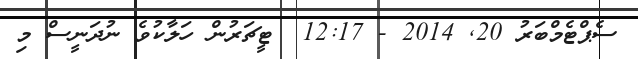
ސެޕްޓެމްބަރު 20